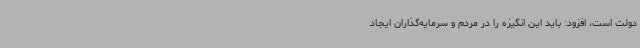
دولت است، افزود: باید این انگیزه را در مردم و سرمایه‌گذاران ایجاد